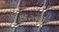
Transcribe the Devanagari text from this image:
१६२७नी